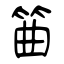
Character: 筁